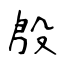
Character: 殷